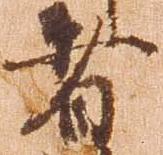
者